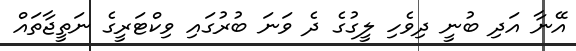
އޭނާ އަދި ބުނީ ދިވެހި ލީގުގެ ދެ ވަނަ ބުރުގައި ވިކްޓަރީގެ ނަތީޖާތައް